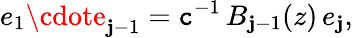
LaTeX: e_{1}\cdote_{\mathbf{j}-1}=\mathtt{c}^{-1}\, B_{\mathbf{j}-1}(z)\, e_{\mathbf{j}},